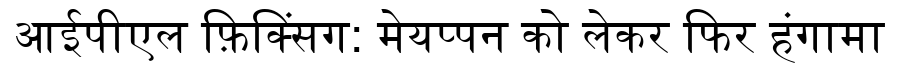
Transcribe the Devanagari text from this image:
आईपीएल फ़िक्सिंग: मेयप्पन को लेकर फिर हंगामा